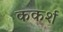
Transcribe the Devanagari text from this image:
ककर्श